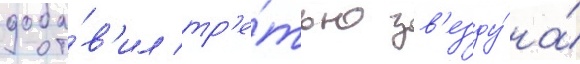
доба́в'ил тр'е́тью зв'езду́ на́